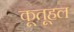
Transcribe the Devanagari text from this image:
कूतूहल